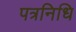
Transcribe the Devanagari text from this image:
पत्रनिधि